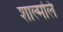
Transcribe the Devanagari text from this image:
शाल्मलि